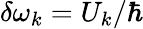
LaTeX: \delta\omega_{k}=U_{k}/\hbar